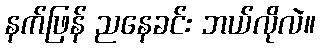
နက်ဖြန် ညနေခင်း ဘယ်လိုလဲ။